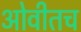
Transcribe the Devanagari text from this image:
ओवीतच